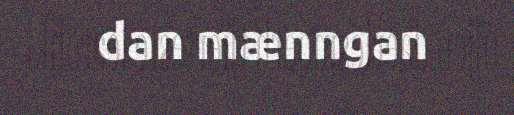
dan mænngan